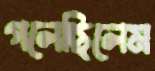
গলেছিলেম